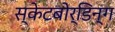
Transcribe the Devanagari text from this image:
स्केटबोर्डिन्ग